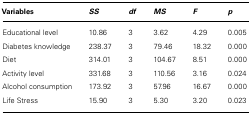
| Variables | SS | df | MS | F | p |
 | --- | --- | --- | --- | --- | --- |
 | Educational level | 10.86 | 3 | 3.62 | 4.29 | 0.005 |
 | Diabetes knowledge | 238.37 | 3 | 79.46 | 18.32 | 0.000 |
 | Diet | 314.01 | 3 | 104.67 | 8.51 | 0.000 |
 | Activity level | 331.68 | 3 | 110.56 | 3.16 | 0.024 |
 | Alcohol consumption | 173.92 | 3 | 57.96 | 16.67 | 0.000 |
 | Life Stress | 15.90 | 3 | 5.30 | 3.20 | 0.023 |